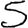
Digit: 5